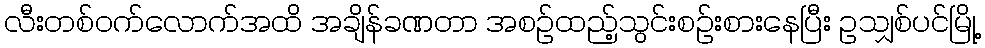
လီးတစ်ဝက်လောက်အထိ အချိန်ခဏတာ အစဉ်ထည့်သွင်းစဉ်းစားနေပြီး ဥသျှစ်ပင်မြို့